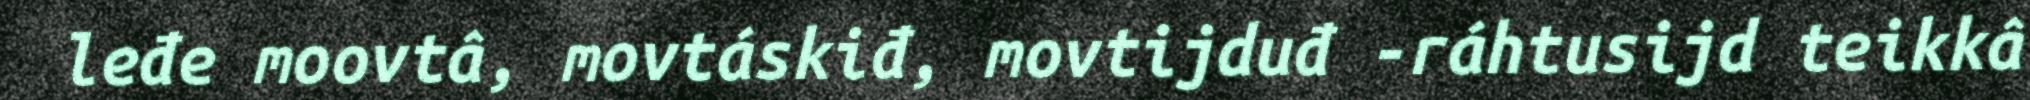
leđe moovtâ, movtáskiđ, movtijduđ -ráhtusijd teikkâ